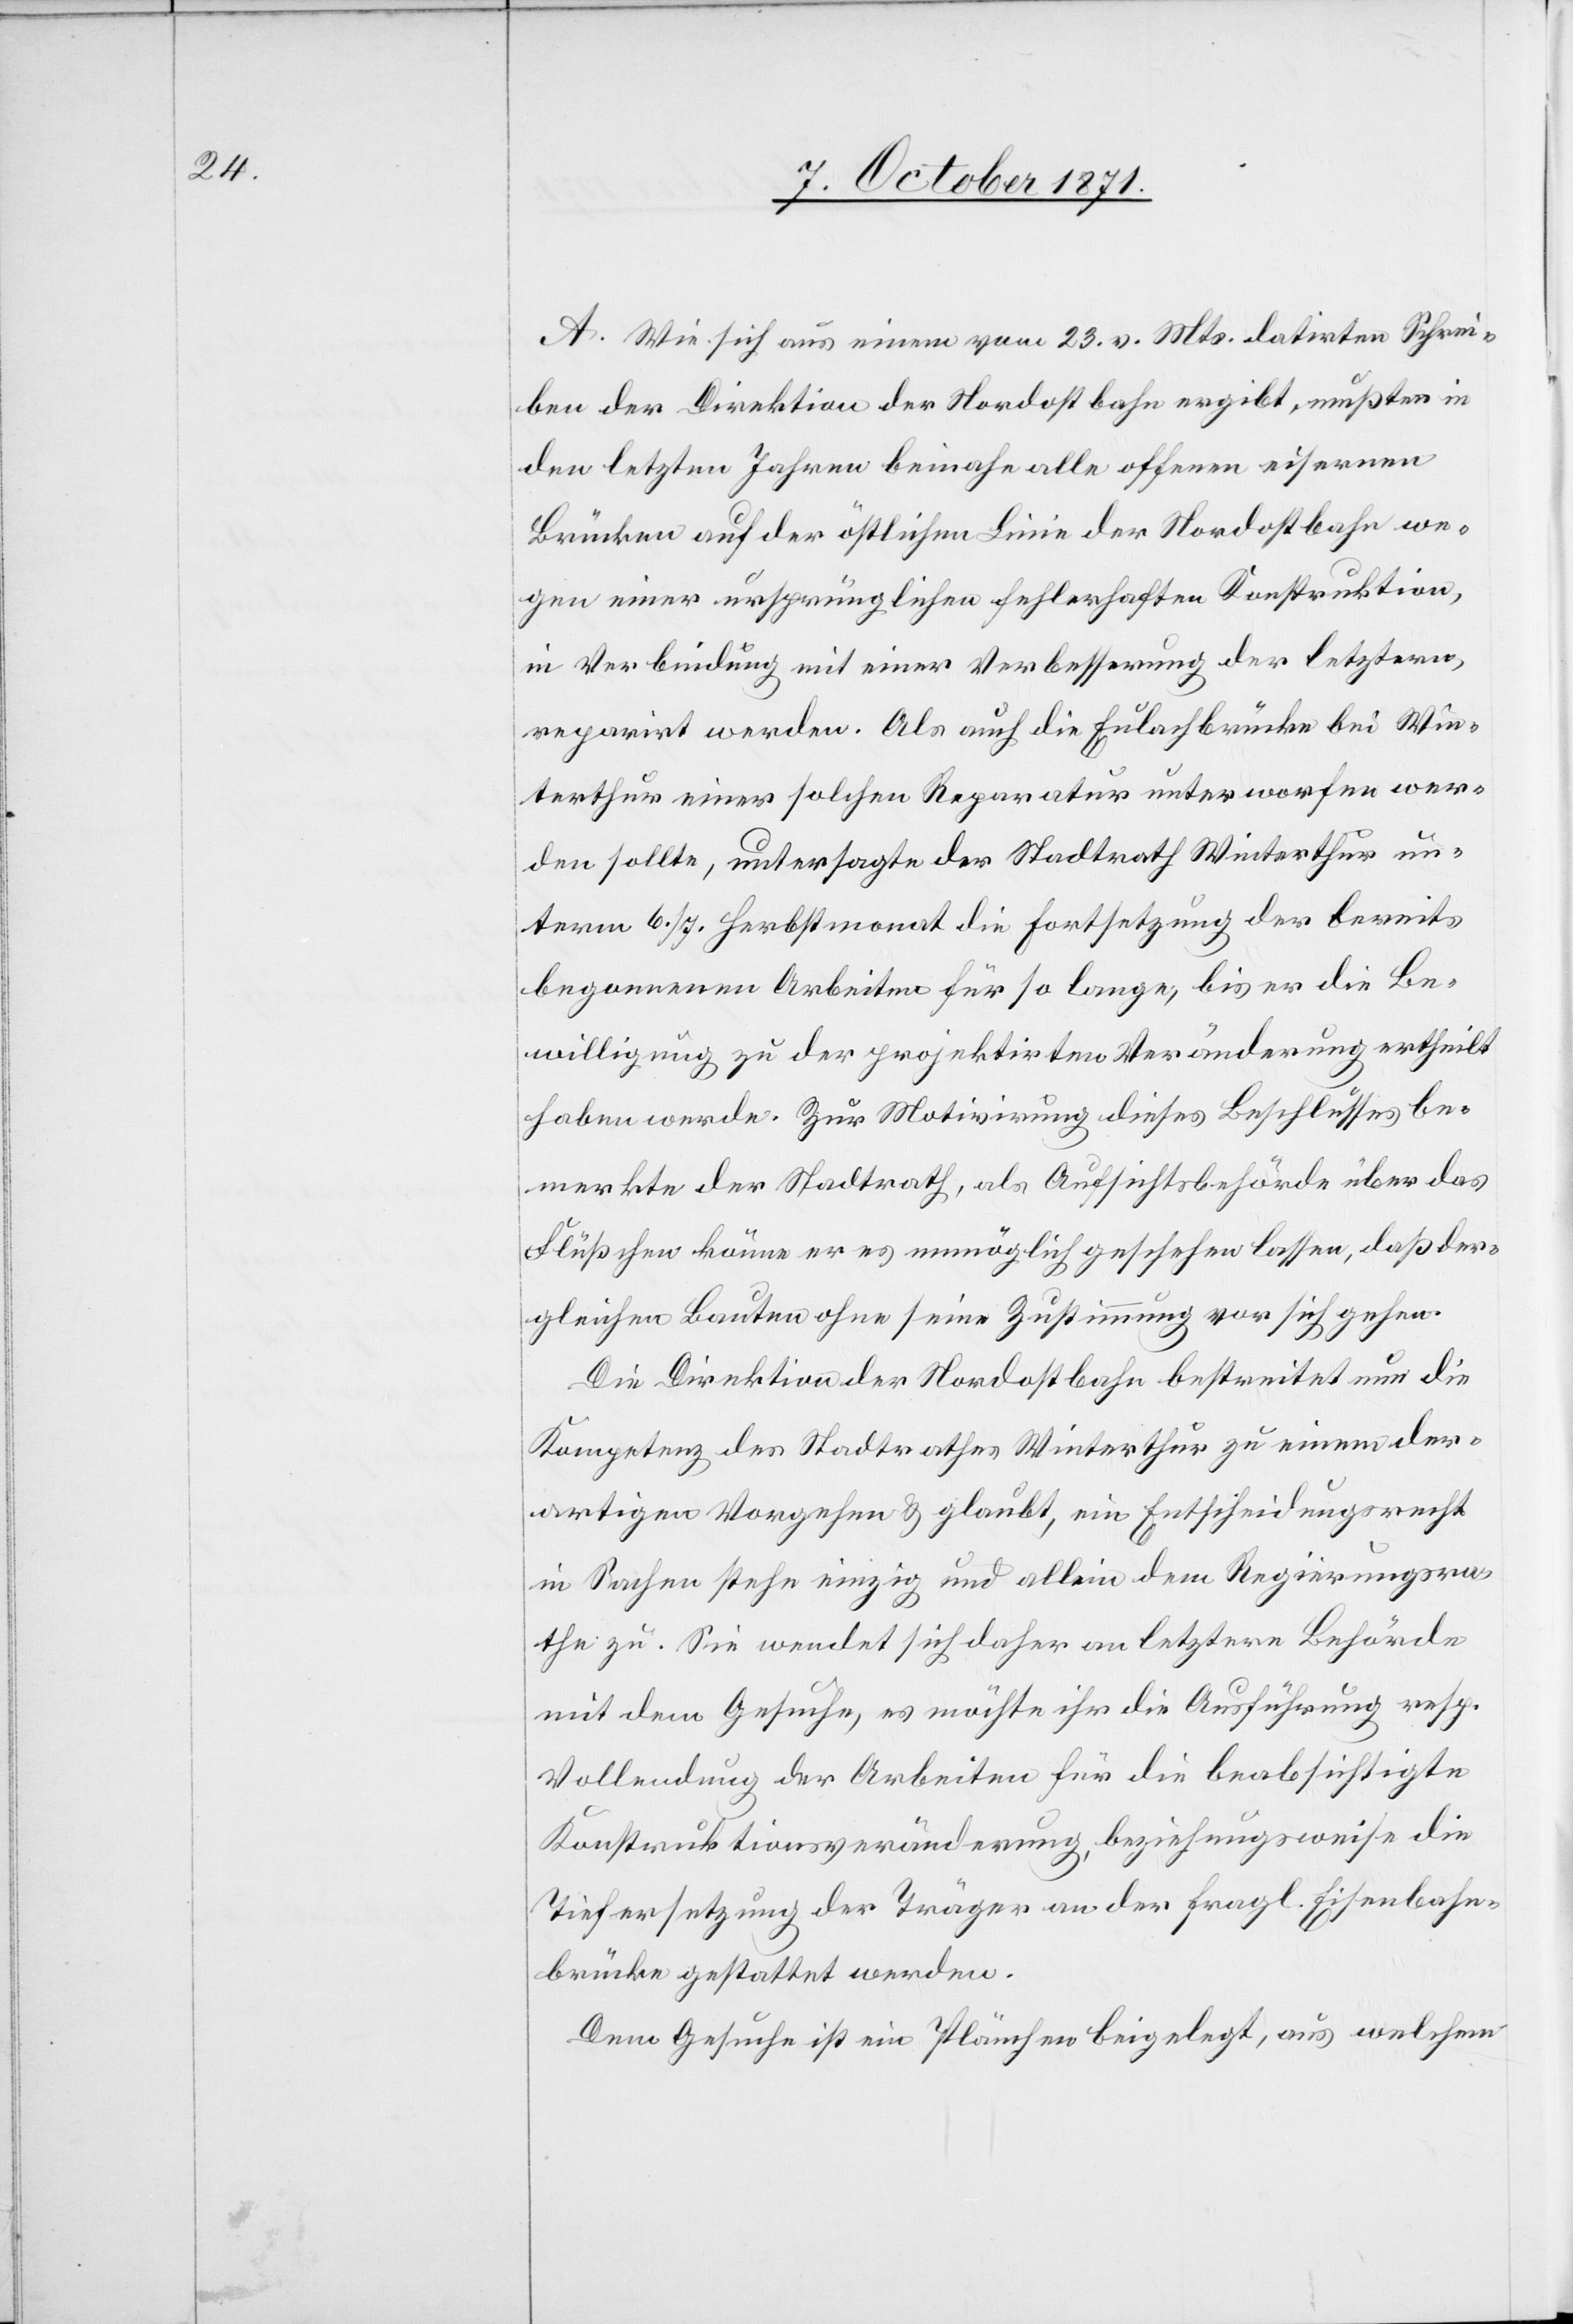
A. Wie sich aus einem vom 23. v. Mts. datirten Schrei¬
ben der Direktion der Nordostbahn ergibt, mussten in
den letzten Jahren beinahe alle offenen eisernen
Brücken auf der östlichen Linie der Nordostbahn we¬
gen einer ursprünglichen fehlerhaften Konstruktion,
in Verbindung mit einer Verbesserung der letztern,
reparirt werden. Als auch die Eulachbrücke bei Win¬
terthur einer solchen Reparatur unterworfen wer¬
den sollte, untersagte der Stadtrath Winterthur un¬
term 6./7. Herbstmonat die Fortsetzung der bereits
begonnenen Arbeiten für so lange, bis er die Be¬
willigung zu der projektirten Veränderung ertheilt
haben werde. Zur Motivirung dieses Beschlusses be¬
merkte der Stadtrath, als Aufsichtsbehörde über das
Flüsschen könne er es unmöglich geschehen lassen, daß der¬
gleichen Bauten ohne seine Zustimmung vor sich gehen.
Die Direktion der Nordostbahn bestreitet nun die
Kompetenz des Stadtrathes Winterthur zu einem der¬
artigen Vorgehen & glaubt, ein Entscheidungsrecht
in Sachen stehe einzig und allein dem Regierungsra¬
the zu. Sie wendet sich daher an letztere Behörde
mit dem Gesuche, es möchte ihr die Ausführung resp.
Vollendung der Arbeiten für die beabsichtigte
Konstruktionsveränderung, beziehungsweise die
Tiefersetzung der Träger an der fragl. Eisenbahn¬
brücke gestattet werden.
Dem Gesuch ist ein Plänchen beigelegt, aus welchem